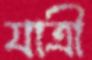
যাত্রী